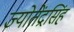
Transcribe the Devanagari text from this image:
ज्योतेंद्रसिंह